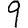
Digit: 9